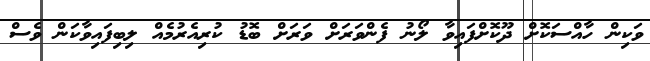
ވަކިން ހާއްސަކޮށް ދޫކޮށްފައިވާ ލޯނު ފެންވަރަށް ވަރަށް ބޮޑު ކުރިއެރުމެއް ލިބިފައިވާކަން ވެސް